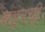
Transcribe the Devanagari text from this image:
बहुरगी